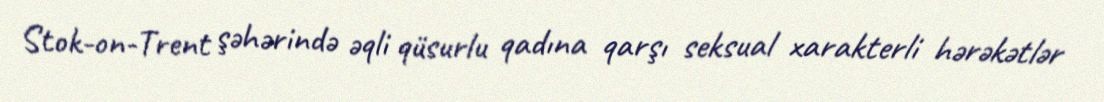
Stok-on-Trent şəhərində əqli qüsurlu qadına qarşı seksual xarakterli hərəkətlər